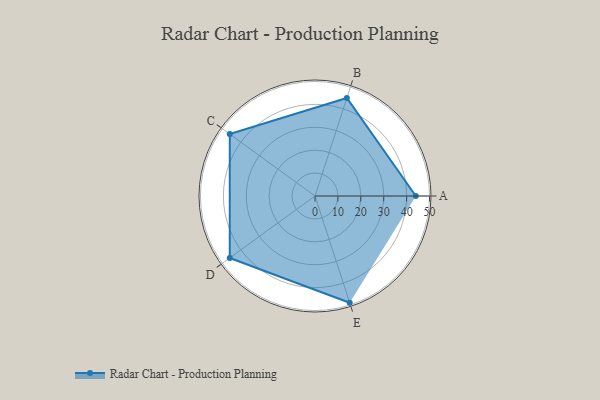
{"axis": {"x": "Skill", "y": "Score"}, "legend": ["Profile"], "data": [{"x": "A", "y": 44.0, "type": "Profile"}, {"x": "B", "y": 45.0, "type": "Profile"}, {"x": "C", "y": 46.0, "type": "Profile"}, {"x": "D", "y": 46.0, "type": "Profile"}, {"x": "E", "y": 49.0, "type": "Profile"}]}